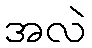
အလဲ